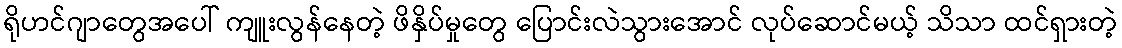
ရိုဟင်ဂျာတွေအပေါ် ကျူးလွန်နေတဲ့ ဖိနှိပ်မှုတွေ ပြောင်းလဲသွားအောင် လုပ်ဆောင်မယ့် သိသာ ထင်ရှားတဲ့